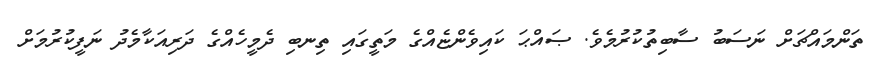
ތަންމައްޗަށް ނަސަބު ސާބިތުކުރުމެވެ. ޞައްޙަ ކައިވެންޏެއްގެ މަތީގައި ތިނބި ދެމީހެއްގެ ދަރިއަކާމެދު ނަފީކުރުމަށް